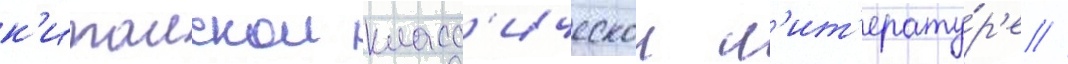
к'итаискои класс'ическои л'ит'ерату́р'е //